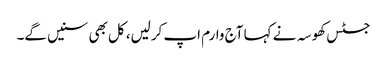
جسٹس کھوسہ نے کہا آج وارم اپ کرلیں، کل بھی سنیں گے۔